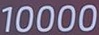
10000